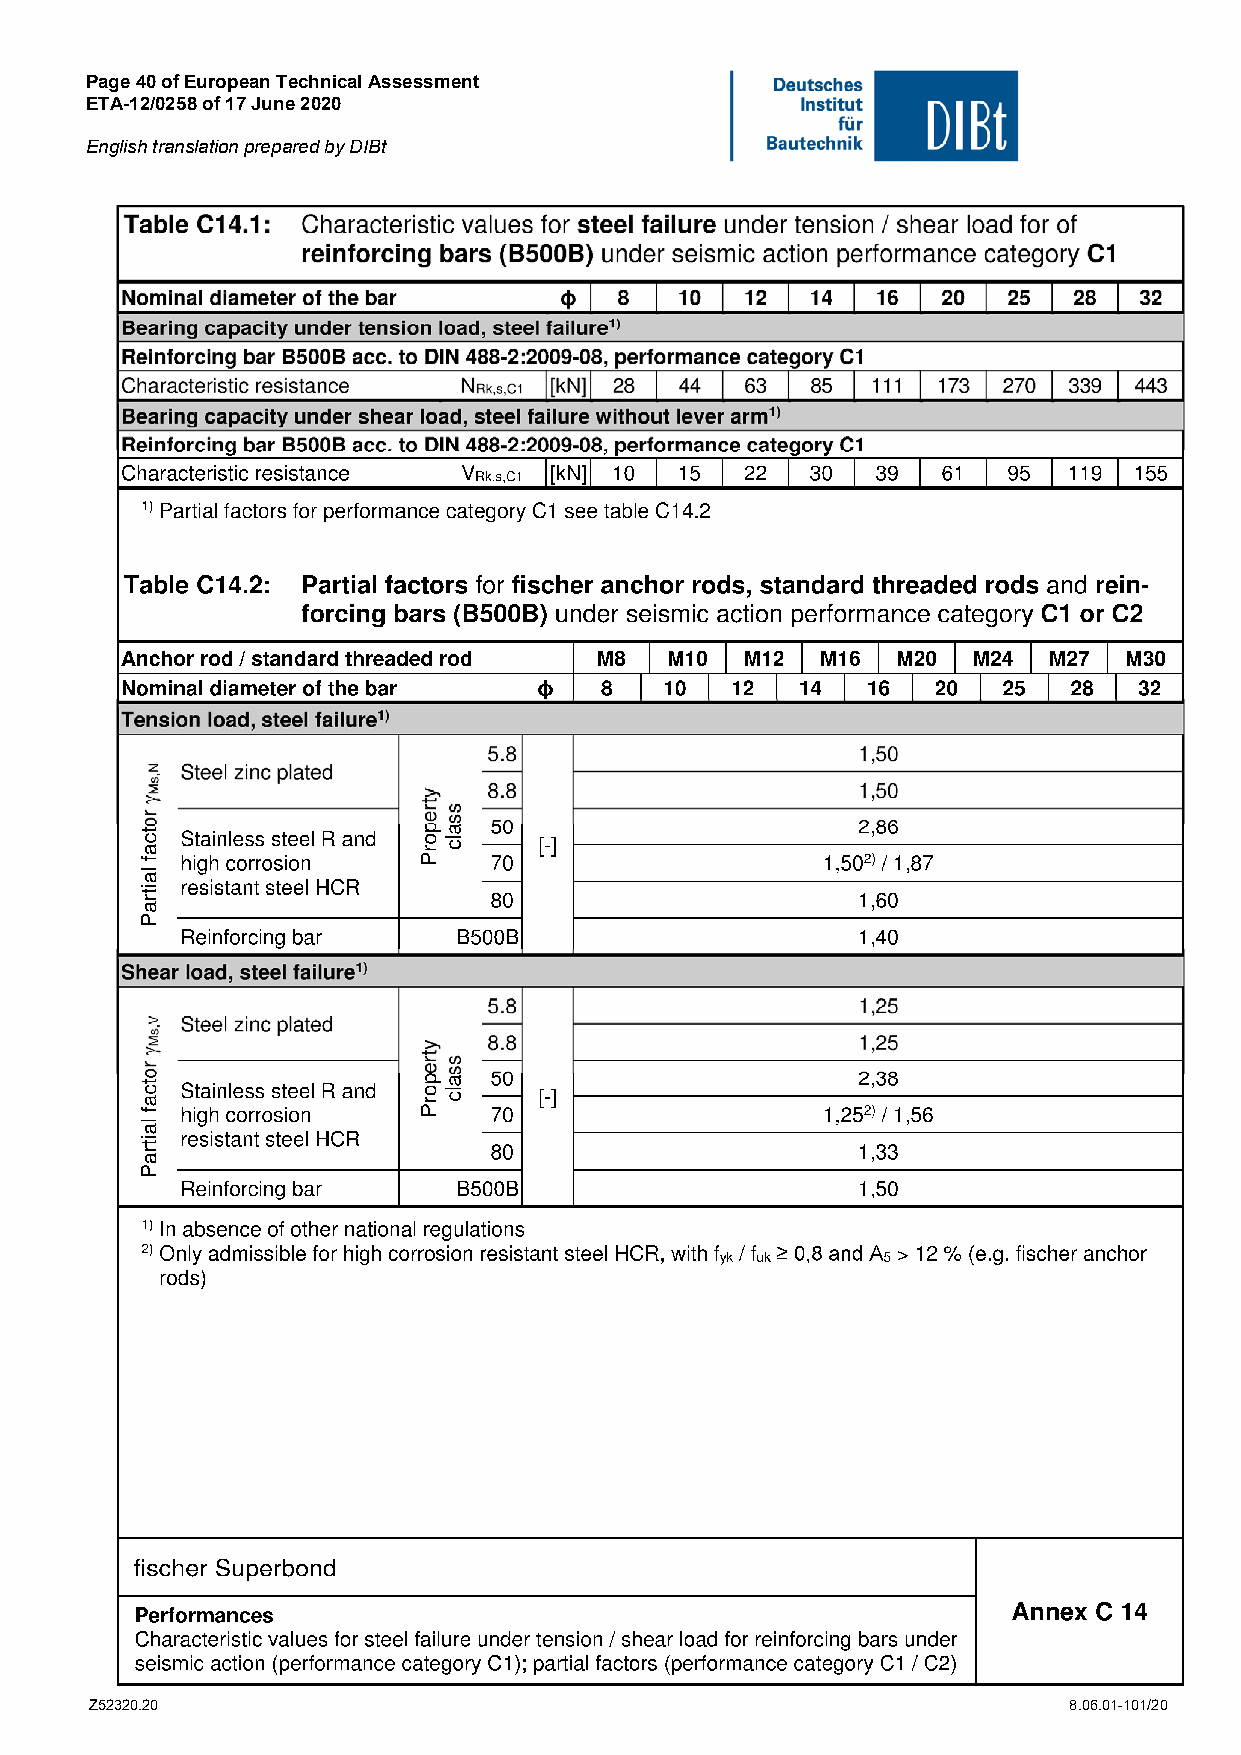
Page 40 of European Technical Assessment
 ETA-12/0258 of 17 June 2020
 English translation prepared by DIBt
 Z52320.20                                                        8.06.01-101/20